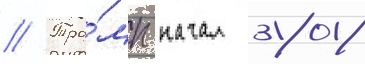
// Тра́мп начал 2018